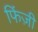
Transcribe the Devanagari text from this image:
फिंज़ी